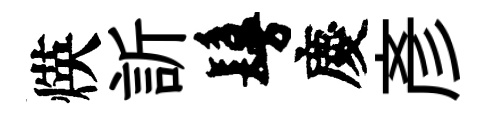
煐訢鬘慶彥